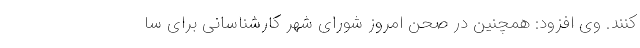
‌کنند. وی افزود: همچنین در صحن امروز شورای شهر کارشناسانی برای سا